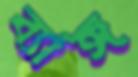
ব্যাঙ্গ